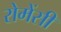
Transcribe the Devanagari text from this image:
रोमेंसी